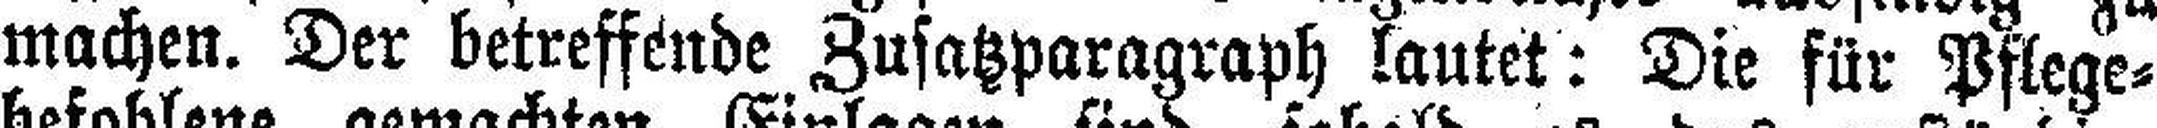
machen. Der betreffende Zusatzparagraph lautet: Die für Pflege¬